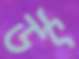
উৎ